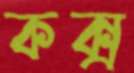
কক্স